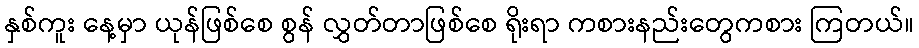
နှစ်ကူး နေ့မှာ ယုန်ဖြစ်စေ စွန် လွှတ်တာဖြစ်စေ ရိုးရာ ကစားနည်းတွေကစား ကြတယ်။